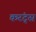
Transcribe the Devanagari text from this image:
करंट्स